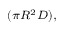
\scriptstyle ( \pi R ^ { 2 } D ) ,